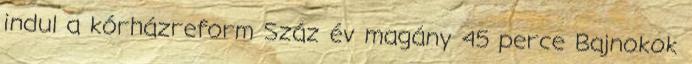
indul a kórházreform Száz év magány 45 perce Bajnokok